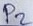
Text: P2